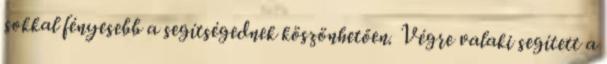
sokkal fényesebb a segítségednek köszönhetően. Végre valaki segített a